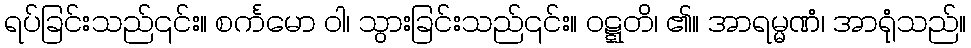
ရပ်ခြင်းသည်၎င်း။ စင်္ကမော ဝါ၊ သွားခြင်းသည်၎င်း။ ဝဋ္ဋတိ၊ ၏။ အာရမ္မဏံ၊ အာရုံသည်။